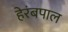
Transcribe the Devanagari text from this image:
हेरंबपाल